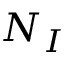
N _ { I }